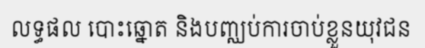
លទ្ធផល បោះឆ្នោត និងបញ្ឈប់ការចាប់ខ្លួនយុវជន